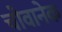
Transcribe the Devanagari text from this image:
चोवानेक